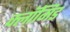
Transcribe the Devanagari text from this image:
क्लॉमिड